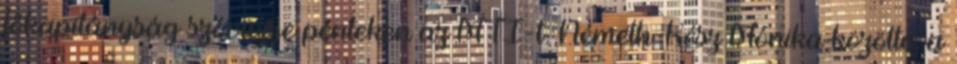
főkapitányság szóvivője pénteken az MTI-t. Németh-Kész Mónika közölte: a